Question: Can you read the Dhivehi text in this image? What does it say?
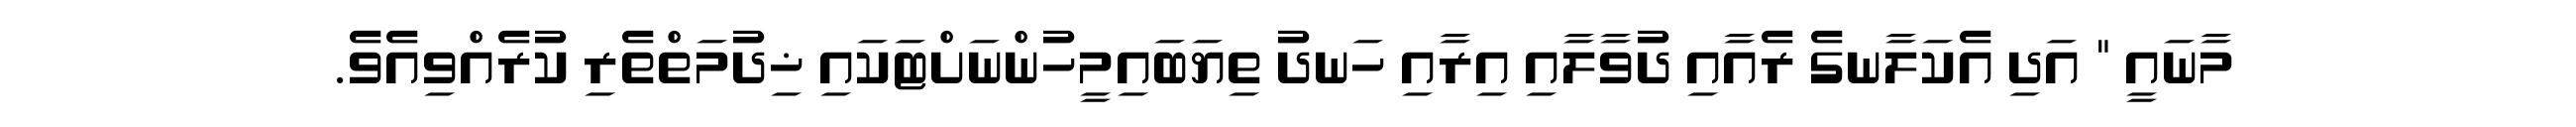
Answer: މާނައީ " އަދި އެކަލާނގެ ރެއާއި ދުވާލާއި އިރާއި ހަނދު ތިޔަބައިމީހުންނަށްޓަކައި ޚިދުމަތްތެރި ކުރެއްވިއެވެ.